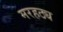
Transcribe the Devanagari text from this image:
मरहठ्य